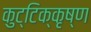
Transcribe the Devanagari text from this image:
कुट्टिक्कृष्ण